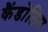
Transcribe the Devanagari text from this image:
कैंडोलिम